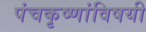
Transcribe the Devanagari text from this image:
पंचकृष्णांविषयी